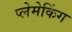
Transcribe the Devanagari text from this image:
प्लेमेकिंग